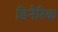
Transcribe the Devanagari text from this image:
डिनैरिक